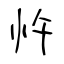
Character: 忤